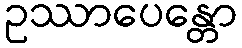
ဥဿာပေန္တော